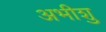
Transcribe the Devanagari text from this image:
अभीशु